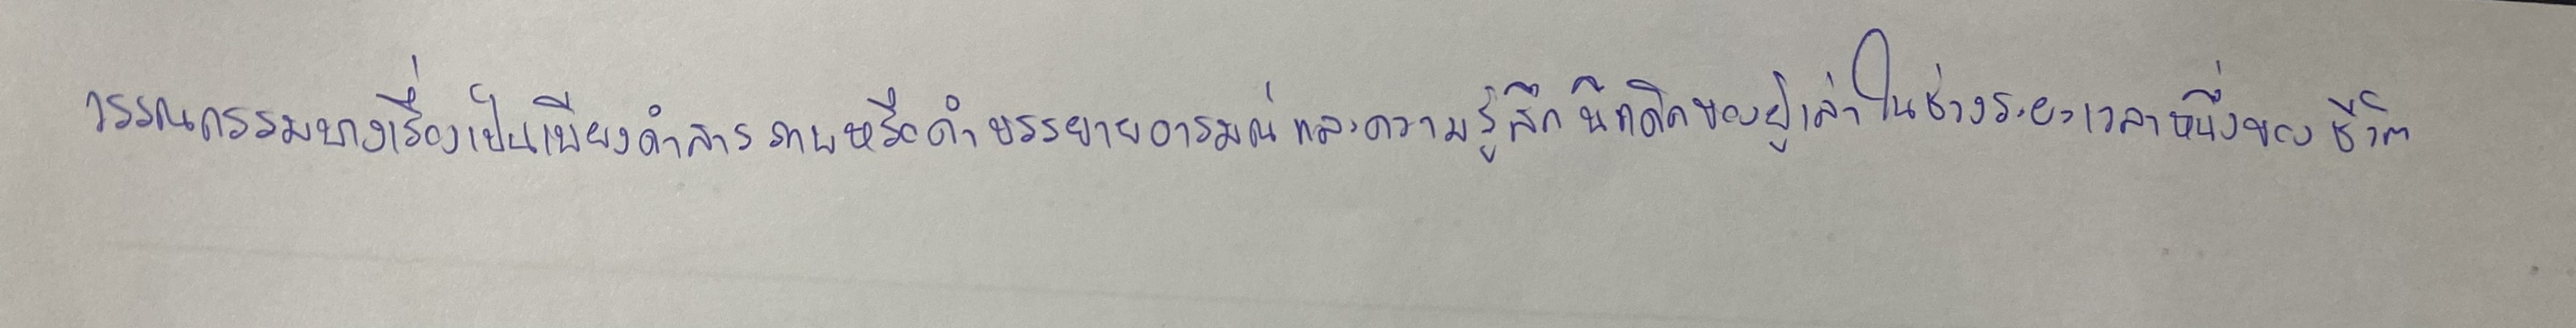
วรรณกรรมบางเรื่องเป็นเพียงคำสารภาพหรือคำบรรยายอารมณ์และความรู้สึกนึกคิดของผู้เล่าในช่วงระยะเวลาหนึ่งของชีวิต